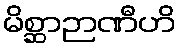
မိစ္ဆာဉာဏီဟိ